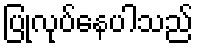
ပြုလုပ်နေပါသည်